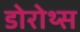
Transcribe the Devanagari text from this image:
डोरोथ्स